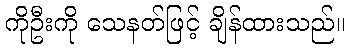
ကိုဦးကို သေနတ်ဖြင့် ချိန်ထားသည်။